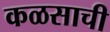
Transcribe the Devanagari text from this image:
कळसाची